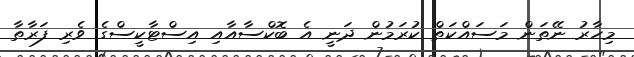
މިހާރު ނޭތަން މަސައްކަތް ކުރަމުން ދަނީ އެ ބޮކްސާއާއި އިސްޓާކީސްގެ ވެރި ފަރާތާ